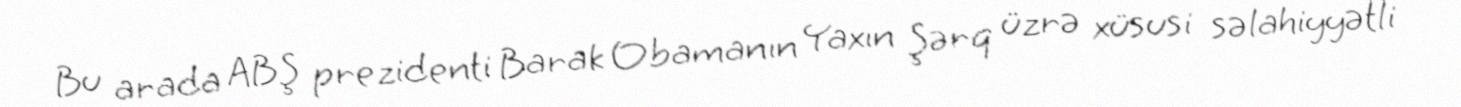
Bu arada ABŞ prezidenti Barak Obamanın Yaxın Şərq üzrə xüsusi səlahiyyətli